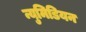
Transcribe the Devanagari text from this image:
न्युमिडियन